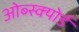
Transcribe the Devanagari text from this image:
ओब्स्क्योर्ड